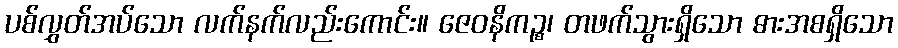
ပစ်လွှတ်အပ်သော လက်နက်လည်းကောင်း။ ဇေဝနိကဉ္စ၊ တဖက်သွားရှိသော ဓားအစရှိသော